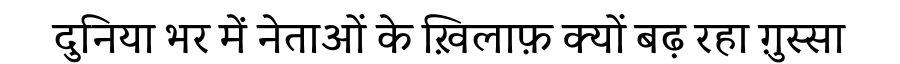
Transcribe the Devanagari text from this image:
दुनिया भर में नेताओं के ख़िलाफ़ क्यों बढ़ रहा ग़ुस्सा